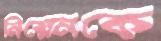
নিয়েনকে